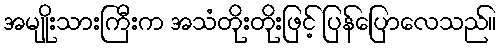
အမျိုးသားကြီးက အသံတိုးတိုးဖြင့် ပြန်ပြောလေသည်။